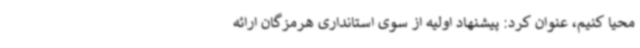
محیا کنیم، عنوان کرد: پیشنهاد اولیه از سوی استانداری هرمزگان ارائه